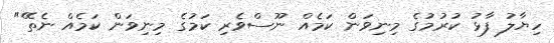
ހިޔާލު ފާޅު ކުރުމުގެ މިނިވަން ކަމެއް ނޫސްވެރި ކަމުގެ މިނިވަން ކަމެއް ނެތޭ"